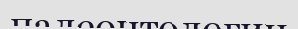
палеонтологии